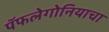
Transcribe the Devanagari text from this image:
पॅफलेगोनियाचा